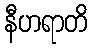
နီဟရာတိ